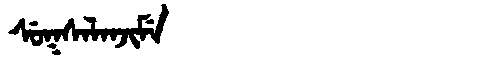
Manchu: ᠰᡠᡴᠰᠠᠯᠠᠨᠵᡳᠮᡝ
Romanization: SUKSALANJIME